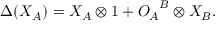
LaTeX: \Delta ( X _ { A } ) = X _ { A } \otimes 1 + { O _ { A } } ^ { B } \otimes X _ { B } .